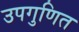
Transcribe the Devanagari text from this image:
उपगुणित